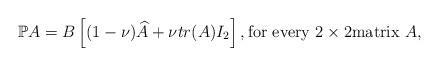
LaTeX: \begin{align*} {\mathbb P} A = B\left[(1-\nu)\widehat{A}+\nu tr(A)I_2\right], \hbox{for every } 2 \times 2 \hbox{matrix } A,\end{align*}